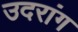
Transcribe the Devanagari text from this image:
उदरांग